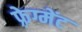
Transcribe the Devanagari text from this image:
फ़्रेग्मेंट